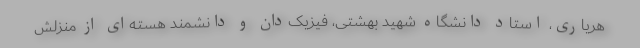
هریاری، استاد دانشگاه شهید بهشتی، فیزیک‌دان و دانشمند هسته‌ای از منزلش